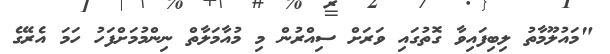
"މައުލޫމާތު ލިބިފައިވާ ގޮތުގައި ވަރަށް ސިއްރުން މި މުއާމަލާތް ނިންމުމަށްފަހު ހަމަ އެރޭގެ